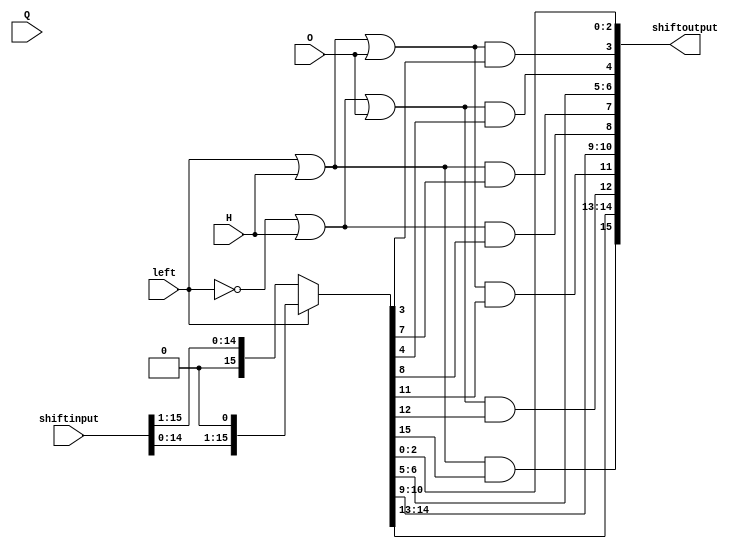
// This program was cloned from: https://github.com/zslwyuan/Basic-SIMD-Processor-Verilog-Tutorial
// License: GNU General Public License v3.0

`timescale 1ns / 1ps

module SIMDshifter(
        input [15:0] shiftinput,
        input H,
        input O,
        input Q,
        input left,
        output [15:0] shiftoutput
    );
    
    wire [14:0] left_shift =  shiftinput[14:0];
    wire [14:0] right_shift =  shiftinput[15:1];
    wire [15:0] shiftoutput_tmp = left?{left_shift,1'b0}:{1'b0,right_shift};
    assign shiftoutput[3:0]   = {(left|H|O)&shiftoutput_tmp[3],   shiftoutput_tmp[2:0]};
    assign shiftoutput[7:4]   = {(left|H)&shiftoutput_tmp[7],     shiftoutput_tmp[6:5],    (!left|H|O)&shiftoutput_tmp[4]};
    assign shiftoutput[11:8]  = {(left|H|O)&shiftoutput_tmp[11],  shiftoutput_tmp[10:9],   (!left|H)&shiftoutput_tmp[8]};
    assign shiftoutput[15:12] = {(left|H)&shiftoutput_tmp[15],    shiftoutput_tmp[14:13],  (!left|H|O)&shiftoutput_tmp[12]};
    
    
    
endmodule